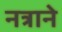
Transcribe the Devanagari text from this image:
नत्राने